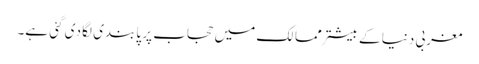
مغربی دنیا کے بیشتر ممالک میں حجاب پر پابندی لگا دی گئی ہے۔